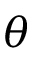
\theta